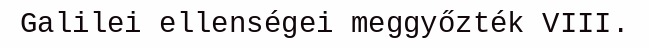
Galilei ellenségei meggyőzték VIII.